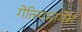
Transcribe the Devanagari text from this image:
गेत्त्यिमागेस